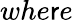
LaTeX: whe\mathsf{r}e